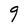
Character: g